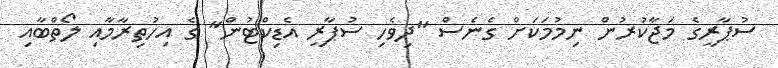
ސުޕާރީގެ މަޖާކުރުން ނިމުމަކަށް ގެނެސް "ދިވެހި ސުޕާރީ އެޑިކްޓުން" ގެ އިހުތިރާމާއި ލޯތްބާއި